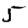
Digit: 5